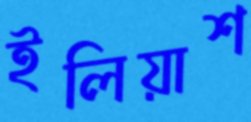
ইলিয়াশ